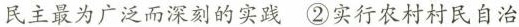
民主最为广泛而深刻的实践②实行农村村民自治